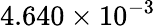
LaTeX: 4.640\times 10^{-3}